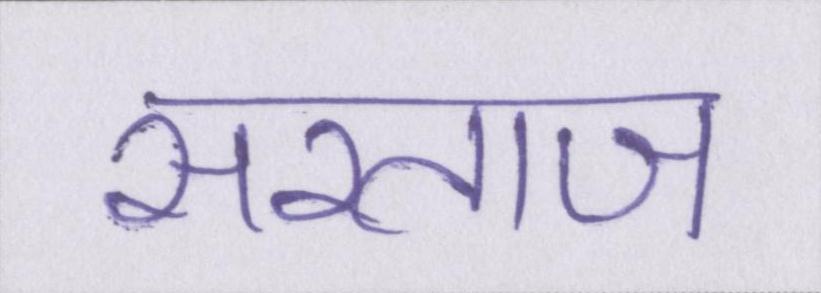
सरताज